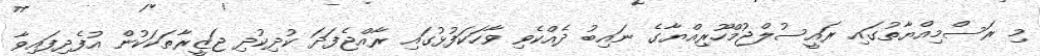
މި ރަސްމިއްޔާތުގައި ރައީސުލްޖުމްހޫރިއްޔާގެ ނައިބު ދެއްކެވި ވާހަކަފުޅުގައި ރާއްޖެފަދަ ކުދިކުދި ޖަޒީރާތަކަކުން އުފެދިފައިވާ